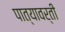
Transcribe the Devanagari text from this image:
पात्यावर्ती